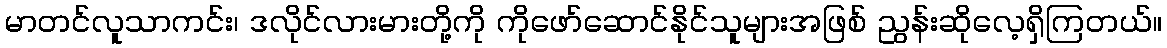
မာတင်လူသာကင်း၊ ဒလိုင်လားမားတို့ကို ကိုဖော်ဆောင်နိုင်သူများအဖြစ် ညွန်းဆိုလေ့ရှိကြတယ်။